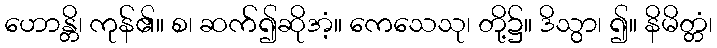
ဟောန္တိ၊ ကုန်၏။ စ၊ ဆက်၍ဆိုအံ့။ ကေသေသု၊ တို့၌။ ဒိသွာ၊ ၍။ နိမိတ္တံ၊